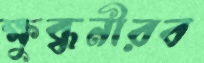
ক্ষুব্ধনীরব